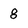
Character: 8